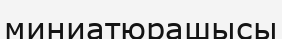
миниатюрашысы